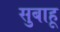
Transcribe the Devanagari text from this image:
सुबाहू